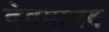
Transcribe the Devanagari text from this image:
देवमानव